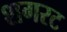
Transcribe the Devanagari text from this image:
शगरट